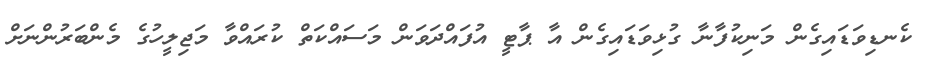
ކެނޑިވަޑައިގެން މަނިކުފާނާ ގުޅިވަޑައިގެން އާ ޕާޓީ އުފައްދަވަން މަސައްކަތް ކުރައްވާ މަޖިލީހުގެ މެންބަރުންނަށް